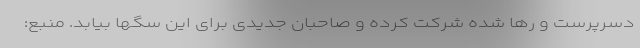
دسرپرست و رها شده شرکت کرده و صاحبان جدیدی برای این سگها بیابد. منبع: